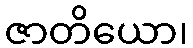
ဇာတိယော၊